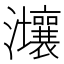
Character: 𤅑